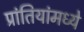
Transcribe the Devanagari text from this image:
प्रांतियांमध्ये